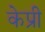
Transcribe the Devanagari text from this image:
केप्री